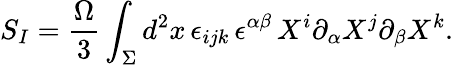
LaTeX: S_{I}={\frac{\Omega}{3}}\int_{\Sigma}d^{2}x\, \epsilon_{ijk}\, \epsilon^{\alpha\beta}\, X^{i}\partial_{\alpha}X^{j}\partial_{\beta}X^{k}.